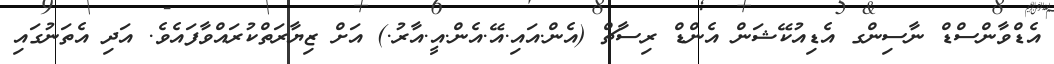
އެޑްވާންސްޑް ނާސިންގ އެޑިއުކޭޝަން އެންޑް ރިސާޗް (އެން.އައި.އޭ.އެން.އީ.އާރު.) އަށް ޒިޔާރަތްކުރައްވާފައެވެ. އަދި އެތަނުގައި